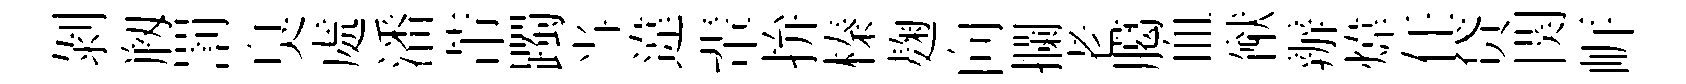
剝剏罰臭處潘芾躅当違輩拚榛麹向攔老臈血猷辦煒任贷関㟁